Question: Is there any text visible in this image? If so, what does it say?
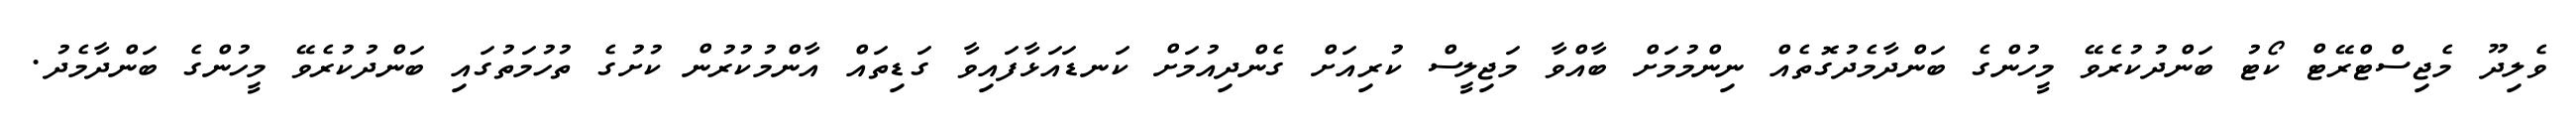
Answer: ވެލިދޫ މެޖިސްޓްރޭޓް ކޯޓު ބަންދުކުރެވޭ މީހުންގެ ބަންދާމެދުގޮތެއް ނިންމުމަށް ބާއްވާ މަޖިލީސް ކުރިއަށް ގެންދިއުމަށް ކަނޑައަޅާފައިވާ ގަޑިތައް އާންމުކުރުން ކުށުގެ ތުހުމަތުގައި ބަންދުކުރެވޭ މީހުންގެ ބަންދާމެދު.